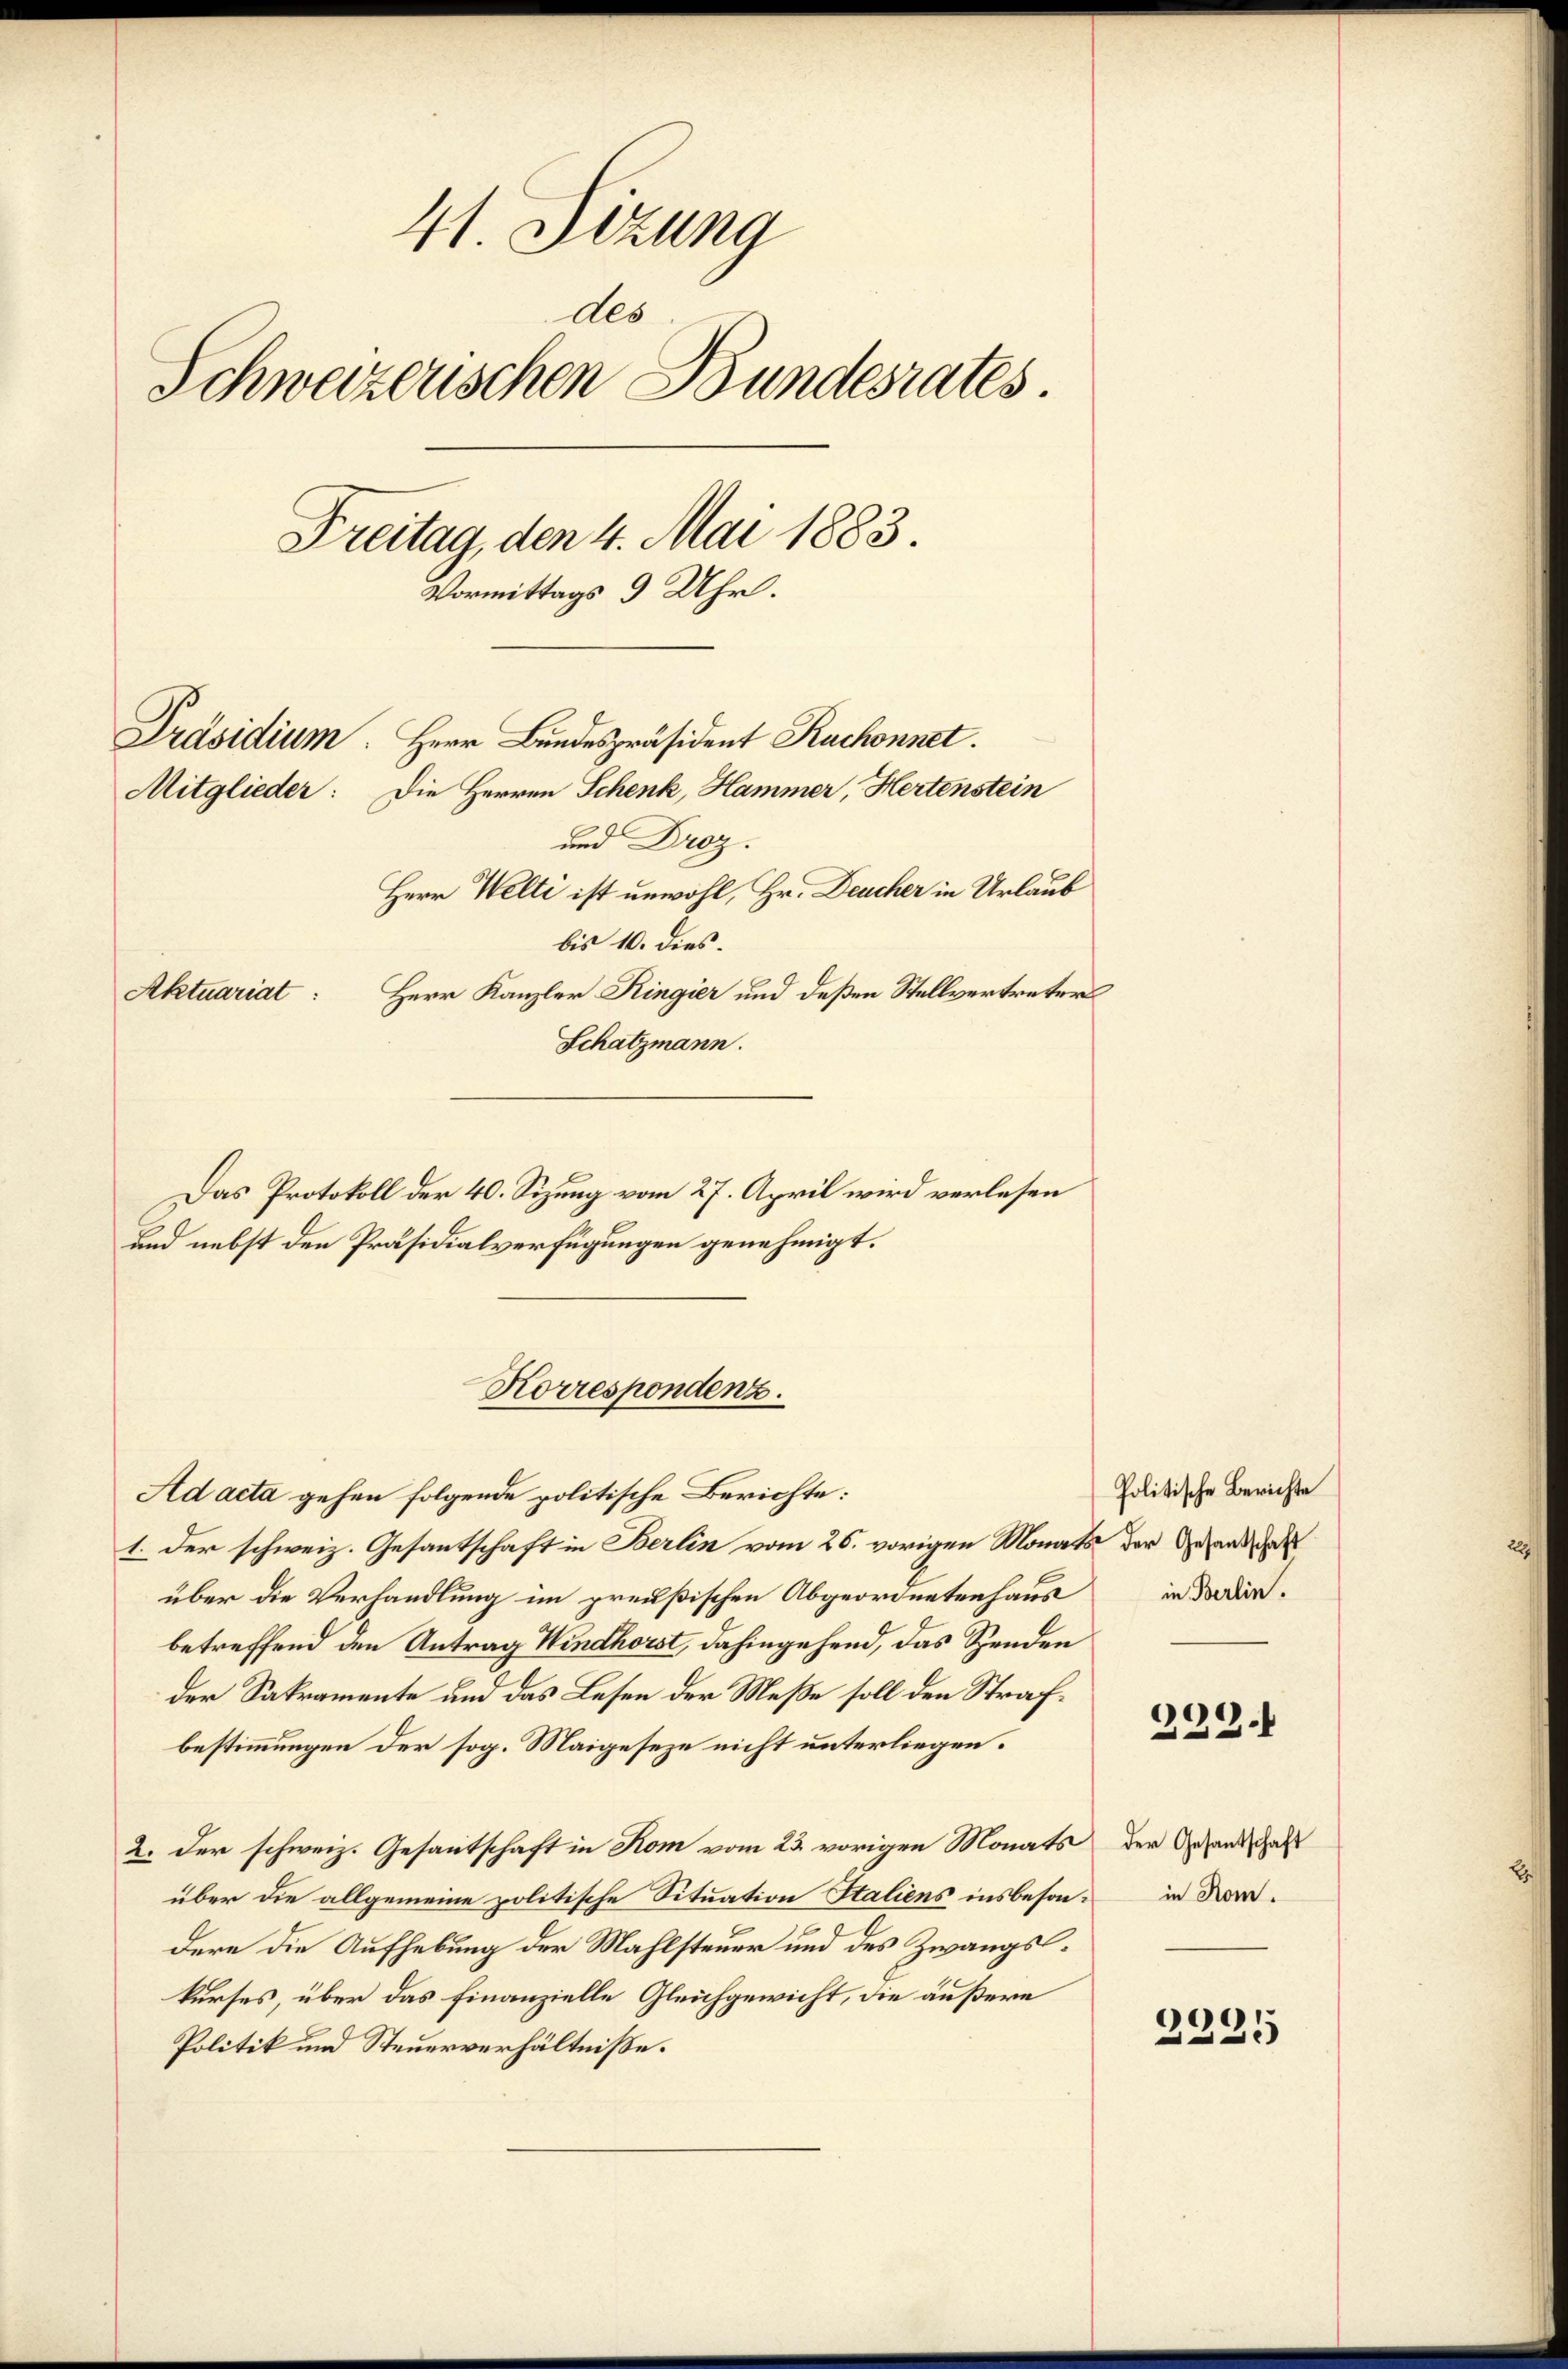
41. Sizung
des
Schweizerischen Bundesrates.
Freitag, den 4. Mai 1883.
Vormittags 9 Uhr.
Präsidium. Herr Bundespräsident Ruchonnet.
Mitglieder: Die Herren Schenk, Hammer, Hertenstein
und Droz.
Herr Welti ist unwohl, Hr. Deucher in Urlaub
bis 10. dies
Herr Kanzler Ringier und deßen Stellvertreter
Aktuariat:
Schatzmann.

Das Protokoll der 40. Sizung vom 27. April wird verlesen
und nebst den Präsidialverfügungen genehmigt.
1. Der schweiz. Gesantschaft in Berlin vom 26. vorigen Monats der Gesand
über die Verhandlung im preußischen Abgeordnetenhaus
betreffend den Antrag Windhorst, dahingehend, das Spenden
der Sakramente und das Lesen der Meße soll den Strafbestimmungen der sog. Maigeseze nicht unterliegen.
2. Der schweiz. Gesantschaft in Rom vom 23. vorigen Monats der Gesandschaft
über die allgemeine politische Situation Italiens insbeson- in dardere die Aufhebung der Mahlsteuer und des Zwangskurses, über das Finanzielle Gleichgewicht, die äußere
Politik und Steuerverhältniße.

Korrespondenz.
Ad acta gehen folgende politische Berichte:

Politische Berichte
in Berlin.

399.

)
0
e